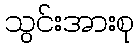
သွင်းအားစု